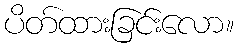
ပိတ်ထားခြင်းလော။